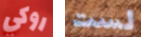
روكي لست